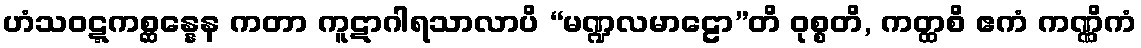
ဟံသဝဋ္ဋကစ္ဆန္နေန ကတာ ကူဋာဂါရသာလာပိ “မဏ္ဍလမာဠော”တိ ဝုစ္စတိ, ကတ္ထစိ ဧကံ ကဏ္ဏိကံ